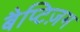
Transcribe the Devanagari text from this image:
बैप्टिज़म